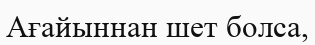
Ағайыннан шет болса,